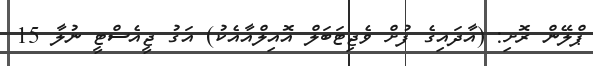
ޕްލޭން ރޮށި: (އާދައިގެ ފުށް ވެޖިޓަބަލް އޮއިލްއާއެކު) އަގު ޖީއެސްޓީ ނުލާ 15